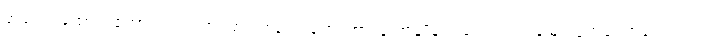
အငွေ့တထောင်းထောင်းဝက်သားပြားရဲရဲလေးတွေ၊ အာလူးအချိုချက်လေးရယ်၊ မြေပဲပြုတ်ကြော်လေးရယ်၊